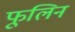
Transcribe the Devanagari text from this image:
फूलिन